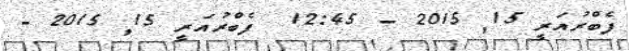
ފެބްރުއަރީ 15